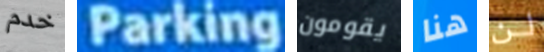
خدم Parking يقومون هنا لن